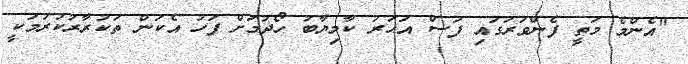
"އެންމެ މަތީ ފެންވަރުގައި ފަސް އަހަރު ކާމިޔާބު ހޯދުމަށް ފަހު އެކަން ތަކުރާރުކުރުމަކީ